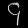
Digit: ၄